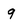
Character: 9